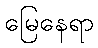
မြေနေရာ